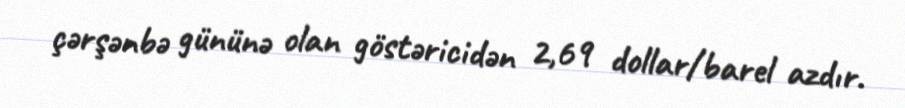
çərşənbə gününə olan göstəricidən 2,69 dollar/barel azdır.